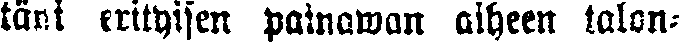
täni erityisen painawan aiheen talon-